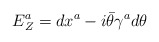
\begin{align*}E^a_Z=dx^a-i\bar\theta\gamma^a d\theta\end{align*}